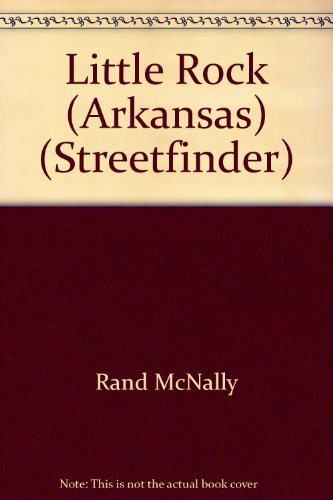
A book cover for Rand McNally Little Rock & Vicinity Streetfinder (Rand McNally Streetfinder); Rand McNally and Company; Travel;